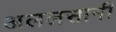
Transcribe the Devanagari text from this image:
अललसानी